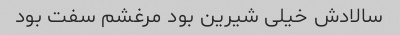
سالادش خیلی شیرین بود مرغشم سفت بود